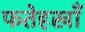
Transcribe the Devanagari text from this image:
फतेहखाँ